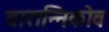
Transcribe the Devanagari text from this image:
वारान्निकोव